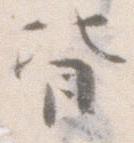
皆